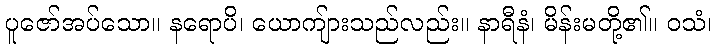
ပူဇော်အပ်သော။ နရောပိ၊ ယောကျ်ားသည်လည်း။ နာရီနံ၊ မိန်းမတို့၏။ ဝသံ၊